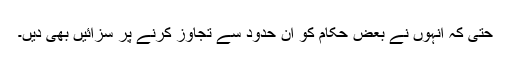
حتیٰ کہ انہوں نے بعض حکام کو ان حدود سے تجاوز کرنے پر سزائیں بھی دیں۔